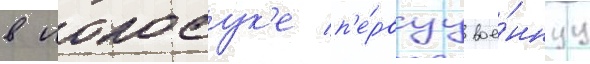
в иокосук'е п'е́рвуу вое́ннуу